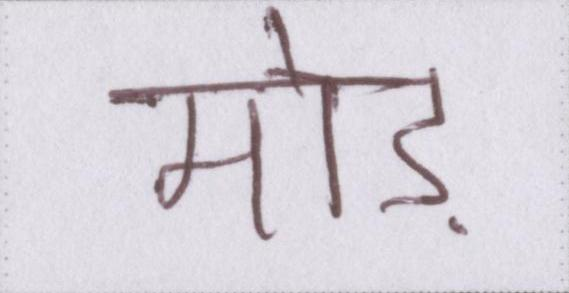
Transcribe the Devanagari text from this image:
मोड़